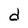
Character: d